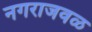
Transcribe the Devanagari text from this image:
नगराजवळ